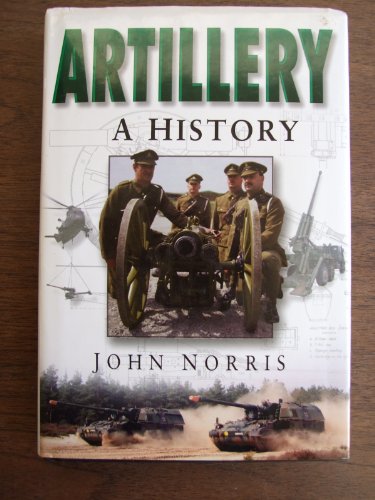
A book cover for Artillery: An Illustrated History; John Norris; Arts & Photography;